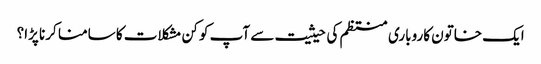
ایک خاتون کاروباری منتظم کی حیثیت سے آپ کو کن مشکلات کا سامنا کرنا پڑا؟